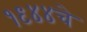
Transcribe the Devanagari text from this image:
१९४४चे